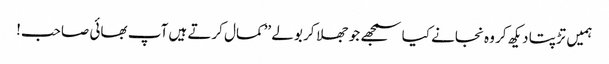
ہمیں تڑپتا دیکھ کر وہ نجانے کیا سمجھے جو جھلا کر بولے ’’کمال کرتے ہیں آپ بھائی صاحب!